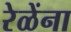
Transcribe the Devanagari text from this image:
रेळेंना